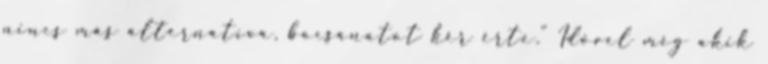
nincs más alternatíva, bocsánatot kér érte.” Idővel még akik